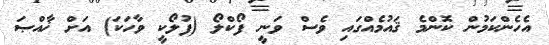
އެހެންކަމުން ކޮންމެ ޤައުމެއްގައި ވެސް ވަނީ ފޯކްލޯ (ފުލޯކީ ވާހަކަ) އަށް ޚާއްޞަ